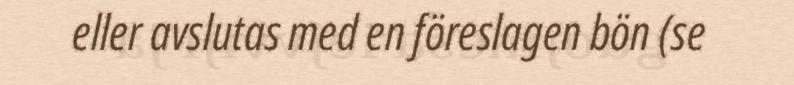
eller avslutas med en föreslagen bön (se